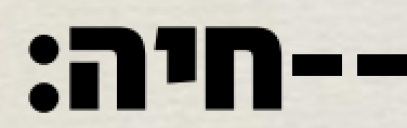
חיה׃--